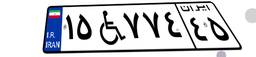
۱۵W۷۷۴۴۵